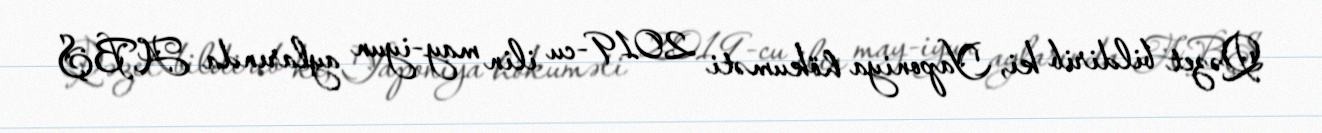
Qəzet bildirib ki, Yaponiya hökuməti 2019-cu ilin may-iyun aylarında ABŞ